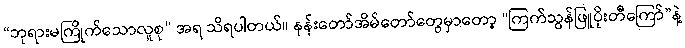
“ဘုရားမကြိုက်သောလူစု” အရ သိရပါတယ်။ နန်းတော်အိမ်တော်တွေမှာတော့ “ကြက်သွန်ဖြူပိုးတီကြော်”နဲ့